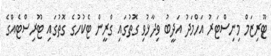
ޓޫރިޒަމް މިނިސްޓަރު އަހްމަދު އަދީބު ވިދާޅުވި ގޮތުގައި ގްރީން ޓެކުހުގެ ގޮތުގައި ޓޫރިސްޓެއްގެ